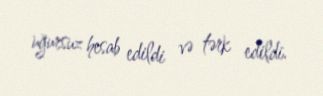
uğursuz hesab edildi və tərk edildi.